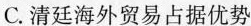
C.清廷海外贸易占据优势